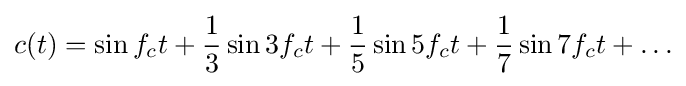
c(t)=\sin f_{c}t+{\frac {1}{3}}\sin 3f_{c}t+{\frac {1}{5}}\sin 5f_{c}t+{\frac {1}{7}}\sin 7f_{c}t+\ldots